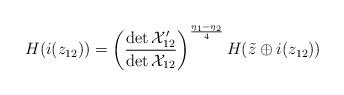
LaTeX: \begin{align*}H(i(z_{12}))=\left(\frac{\det {\cal X}^{\prime}_{12}}{\det {\cal X}_{12}}\right)^{\frac{\eta_{1}-\eta_{2}}{4}}H(\tilde{z}\oplus i(z_{12}))\end{align*}